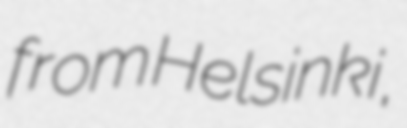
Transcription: from Helsinki,